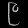
Digit: ၉